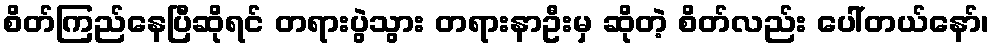
စိတ်ကြည်နေပြီဆိုရင် တရားပွဲသွား တရားနာဦးမှ ဆိုတဲ့ စိတ်လည်း ပေါ်တယ်နော်၊